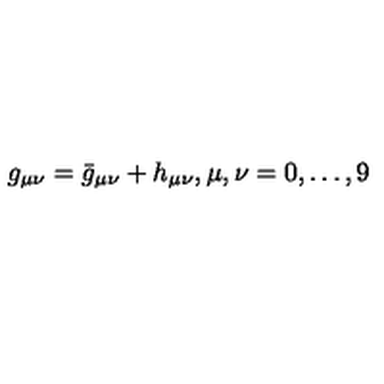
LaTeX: g _ { \mu \nu } = { \bar { g } } _ { \mu \nu } + h _ { \mu \nu } , \mu , \nu = 0 , \dots , 9